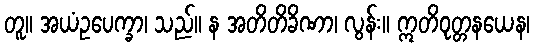
တူ။ အယံဥပေက္ခာ၊ သည်။ န အတိတိခိဏာ၊ လွန်း။ ဣတိဝုတ္တနယေန၊